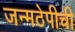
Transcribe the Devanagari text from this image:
जन्मठेपीची